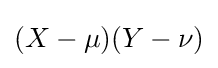
(X-\mu )(Y-\nu )